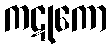
ကဋုကော